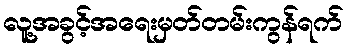
လူ့အခွင့်အရေးမှတ်တမ်းကွန်ရက်